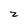
Character: z